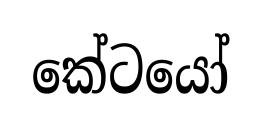
කේටයෝ